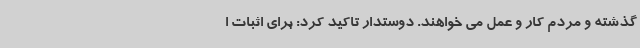
گذشته و مردم کار و عمل می خواهند. دوستدار تاکید کرد: برای اثبات ا